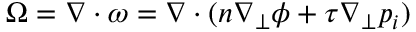
\Omega = \nabla \cdot \omega = \nabla \cdot ( n \nabla _ { \perp } \phi + \tau \nabla _ { \perp } p _ { i } )